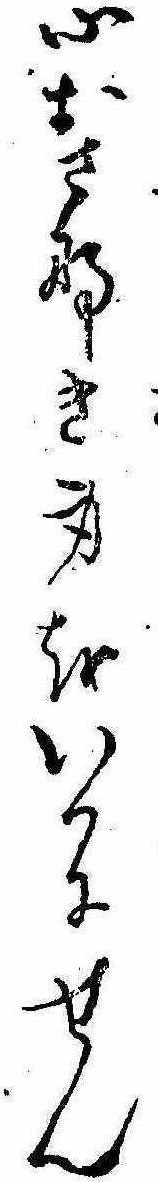
心おさなき身をいかにせん